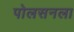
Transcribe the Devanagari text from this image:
पोलसनला